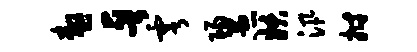
嗷晋雩阳愚妖汛拊